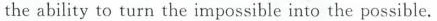
the ability to turn the impossible into the possible.